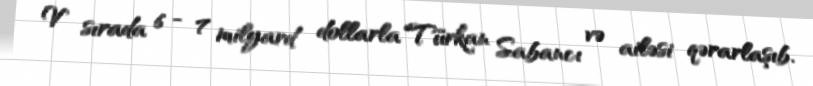
V sırada 6 - 7 milyard dollarla Türkan Sabancı və ailəsi qərarlaşıb.